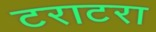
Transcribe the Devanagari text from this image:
टराटरा